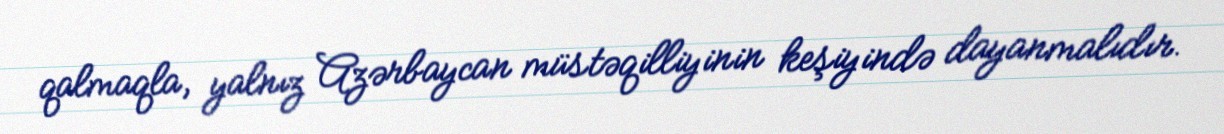
qalmaqla, yalnız Azərbaycan müstəqilliyinin keşiyində dayanmalıdır.